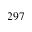
2 9 7